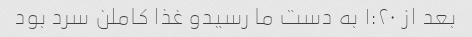
بعد از ۱:۲۰ به دست ما رسیدو غذا کاملن سرد بود